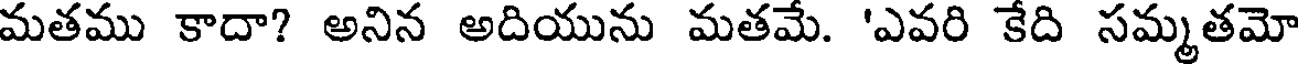
మతము కాదా? అనిన అదియును మతమే. 'ఎవరి కేది సమ్మతమో